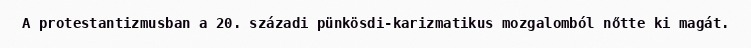
A protestantizmusban a 20. századi pünkösdi-karizmatikus mozgalomból nőtte ki magát.